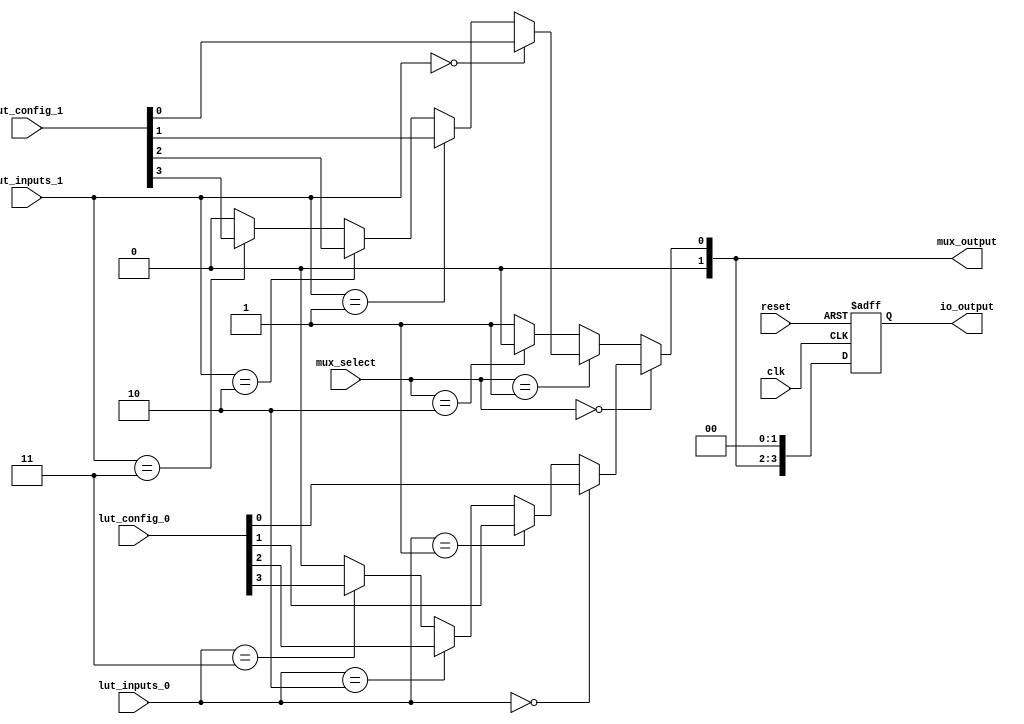
module CLB (
    input wire [3:0] lut_inputs_0,   // Inputs for LUT 0
    input wire [3:0] lut_inputs_1,   // Inputs for LUT 1
    input wire [1:0] mux_select,      // MUX select lines
    input wire clk,                   // Clock for flip-flops
    input wire reset,                 // Reset signal
    input wire [3:0] lut_config_0,   // Configuration for LUT 0
    input wire [3:0] lut_config_1,   // Configuration for LUT 1
    output wire [1:0] mux_output,     // MUX output
    output wire [3:0] io_output       // Output to external
);

    // Lookup Tables (LUTs)
    wire lut_output_0;
    wire lut_output_1;

    // LUT 0 implementation
    assign lut_output_0 = (lut_inputs_0 == 4'b0000) ? lut_config_0[0] :
                          (lut_inputs_0 == 4'b0001) ? lut_config_0[1] :
                          (lut_inputs_0 == 4'b0010) ? lut_config_0[2] :
                          (lut_inputs_0 == 4'b0011) ? lut_config_0[3] : 1'b0;

    // LUT 1 implementation
    assign lut_output_1 = (lut_inputs_1 == 4'b0000) ? lut_config_1[0] :
                          (lut_inputs_1 == 4'b0001) ? lut_config_1[1] :
                          (lut_inputs_1 == 4'b0010) ? lut_config_1[2] :
                          (lut_inputs_1 == 4'b0011) ? lut_config_1[3] : 1'b0;

    // Multiplexer to select between LUT outputs
    assign mux_output = (mux_select == 2'b00) ? lut_output_0 :
                        (mux_select == 2'b01) ? lut_output_1 :
                        (mux_select == 2'b10) ? 1'b0 : 1'b1; // Default or other logic

    // Register/Flip-Flop cells
    reg [3:0] reg_output;
    
    always @(posedge clk or posedge reset) begin
        if (reset) begin
            reg_output <= 4'b0000; // Reset state
        end else begin
            reg_output <= {mux_output, 2'b00}; // Store MUX output in the register
        end
    end

    // Output Buffers
    assign io_output = reg_output;

endmodule